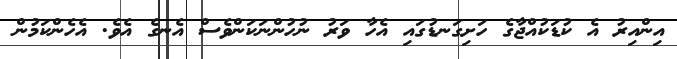
އިންއިރު އެ ކުޑަކުއްޖާގެ ހަށިގަނޑުގައި އެހާ ވަރު ނުހުންނަކަންވެސް އެނގެ އެވެ. އެހެންކަމުން